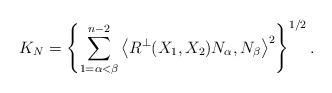
LaTeX: \begin{align*}K_{N}=\left \{ \overset{n-2}{\underset{1=\alpha <\beta }{\sum }}\left\langle R^{\bot }(X_{1},X_{2})N_{\alpha },N_{\beta }\right \rangle^{2}\right \} ^{1/2}. \end{align*}